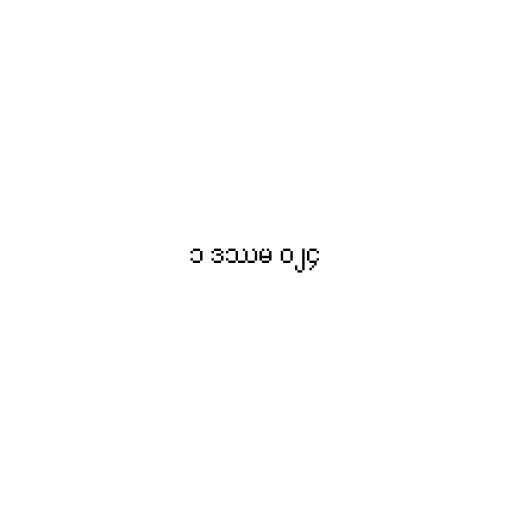
၁ ဒဿမ ၀၂၄